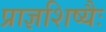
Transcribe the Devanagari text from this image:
प्राज्ञशिष्यैः